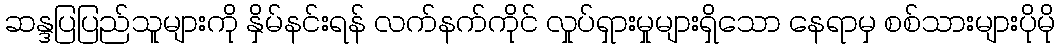
ဆန္ဒပြပြည်သူများကို နှိမ်နင်းရန် လက်နက်ကိုင် လှုပ်ရှားမှုများရှိသော နေရာမှ စစ်သားများပိုမို